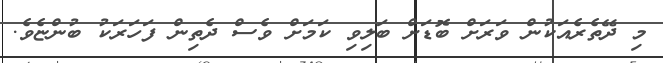
މި ދޭތެރެއަކުން ވަރަށް ބޮޑަށް ބަލިވި ކަމަށް ވެސް ދެތިން ފަހަރަކު ބުންޏެވެ.